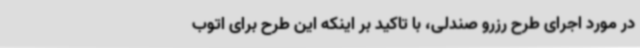
در مورد اجرای طرح رزرو صندلی، با تاکید بر اینکه این طرح برای اتوب